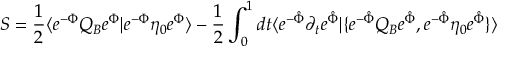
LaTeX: S = { \frac { 1 } { 2 } } \langle e ^ { - \Phi } Q _ { B } e ^ { \Phi } | e ^ { - \Phi } \eta _ { 0 } e ^ { \Phi } \rangle - { \frac { 1 } { 2 } } \int _ { 0 } ^ { 1 } d t \langle e ^ { - { \hat { \Phi } } } \partial _ { t } e ^ { \hat { \Phi } } | \{ e ^ { - { \hat { \Phi } } } Q _ { B } e ^ { \hat { \Phi } } , e ^ { - { \hat { \Phi } } } \eta _ { 0 } e ^ { \hat { \Phi } } \} \rangle